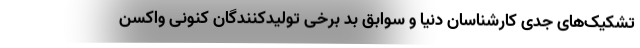
تشکیک‌های جدی کارشناسان دنیا و سوابق بد برخی تولیدکنندگان کنونی واکسن